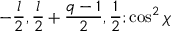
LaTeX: - { \frac { l } { 2 } } , { \frac { l } { 2 } } + { \frac { q - 1 } { 2 } } , { \frac { 1 } { 2 } } ; \cos ^ { 2 } \chi